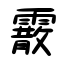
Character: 霰